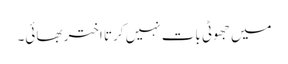
میں جھوٹی بات نہیں کرتا اختر بھائی۔